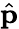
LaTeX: \hat{\mathbf p}